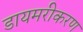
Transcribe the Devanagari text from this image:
डायमरीकरण